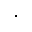
\cdot